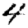
Digit: 4